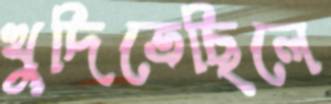
খুদিতেছিলে